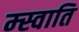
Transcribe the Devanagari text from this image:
म्स्वाति